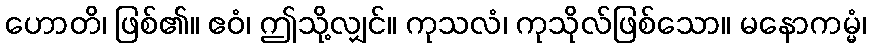
ဟောတိ၊ ဖြစ်၏။ ဧဝံ၊ ဤသို့လျှင်။ ကုသလံ၊ ကုသိုလ်ဖြစ်သော။ မနောကမ္မံ၊